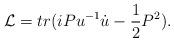
LaTeX: \begin{align*}{\cal L} = tr(iPu^{-1}\dot{u}-\frac{1}{2}P^{2}).\end{align*}